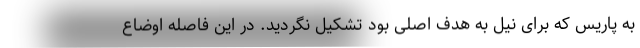
به پاریس که برای نیل به هدف اصلی بود تشکیل نگردید. در این فاصله اوضاع